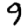
Digit: 9